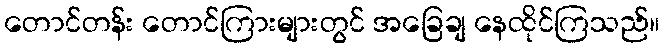
တောင်တန်း တောင်ကြားများတွင် အခြေချ နေထိုင်ကြသည်။